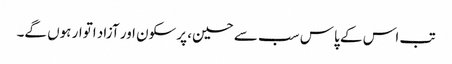
تب اس کے پاس سب سے حسین، پرسکون اور آزاد اتوار ہوں گے۔